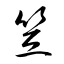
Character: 笠